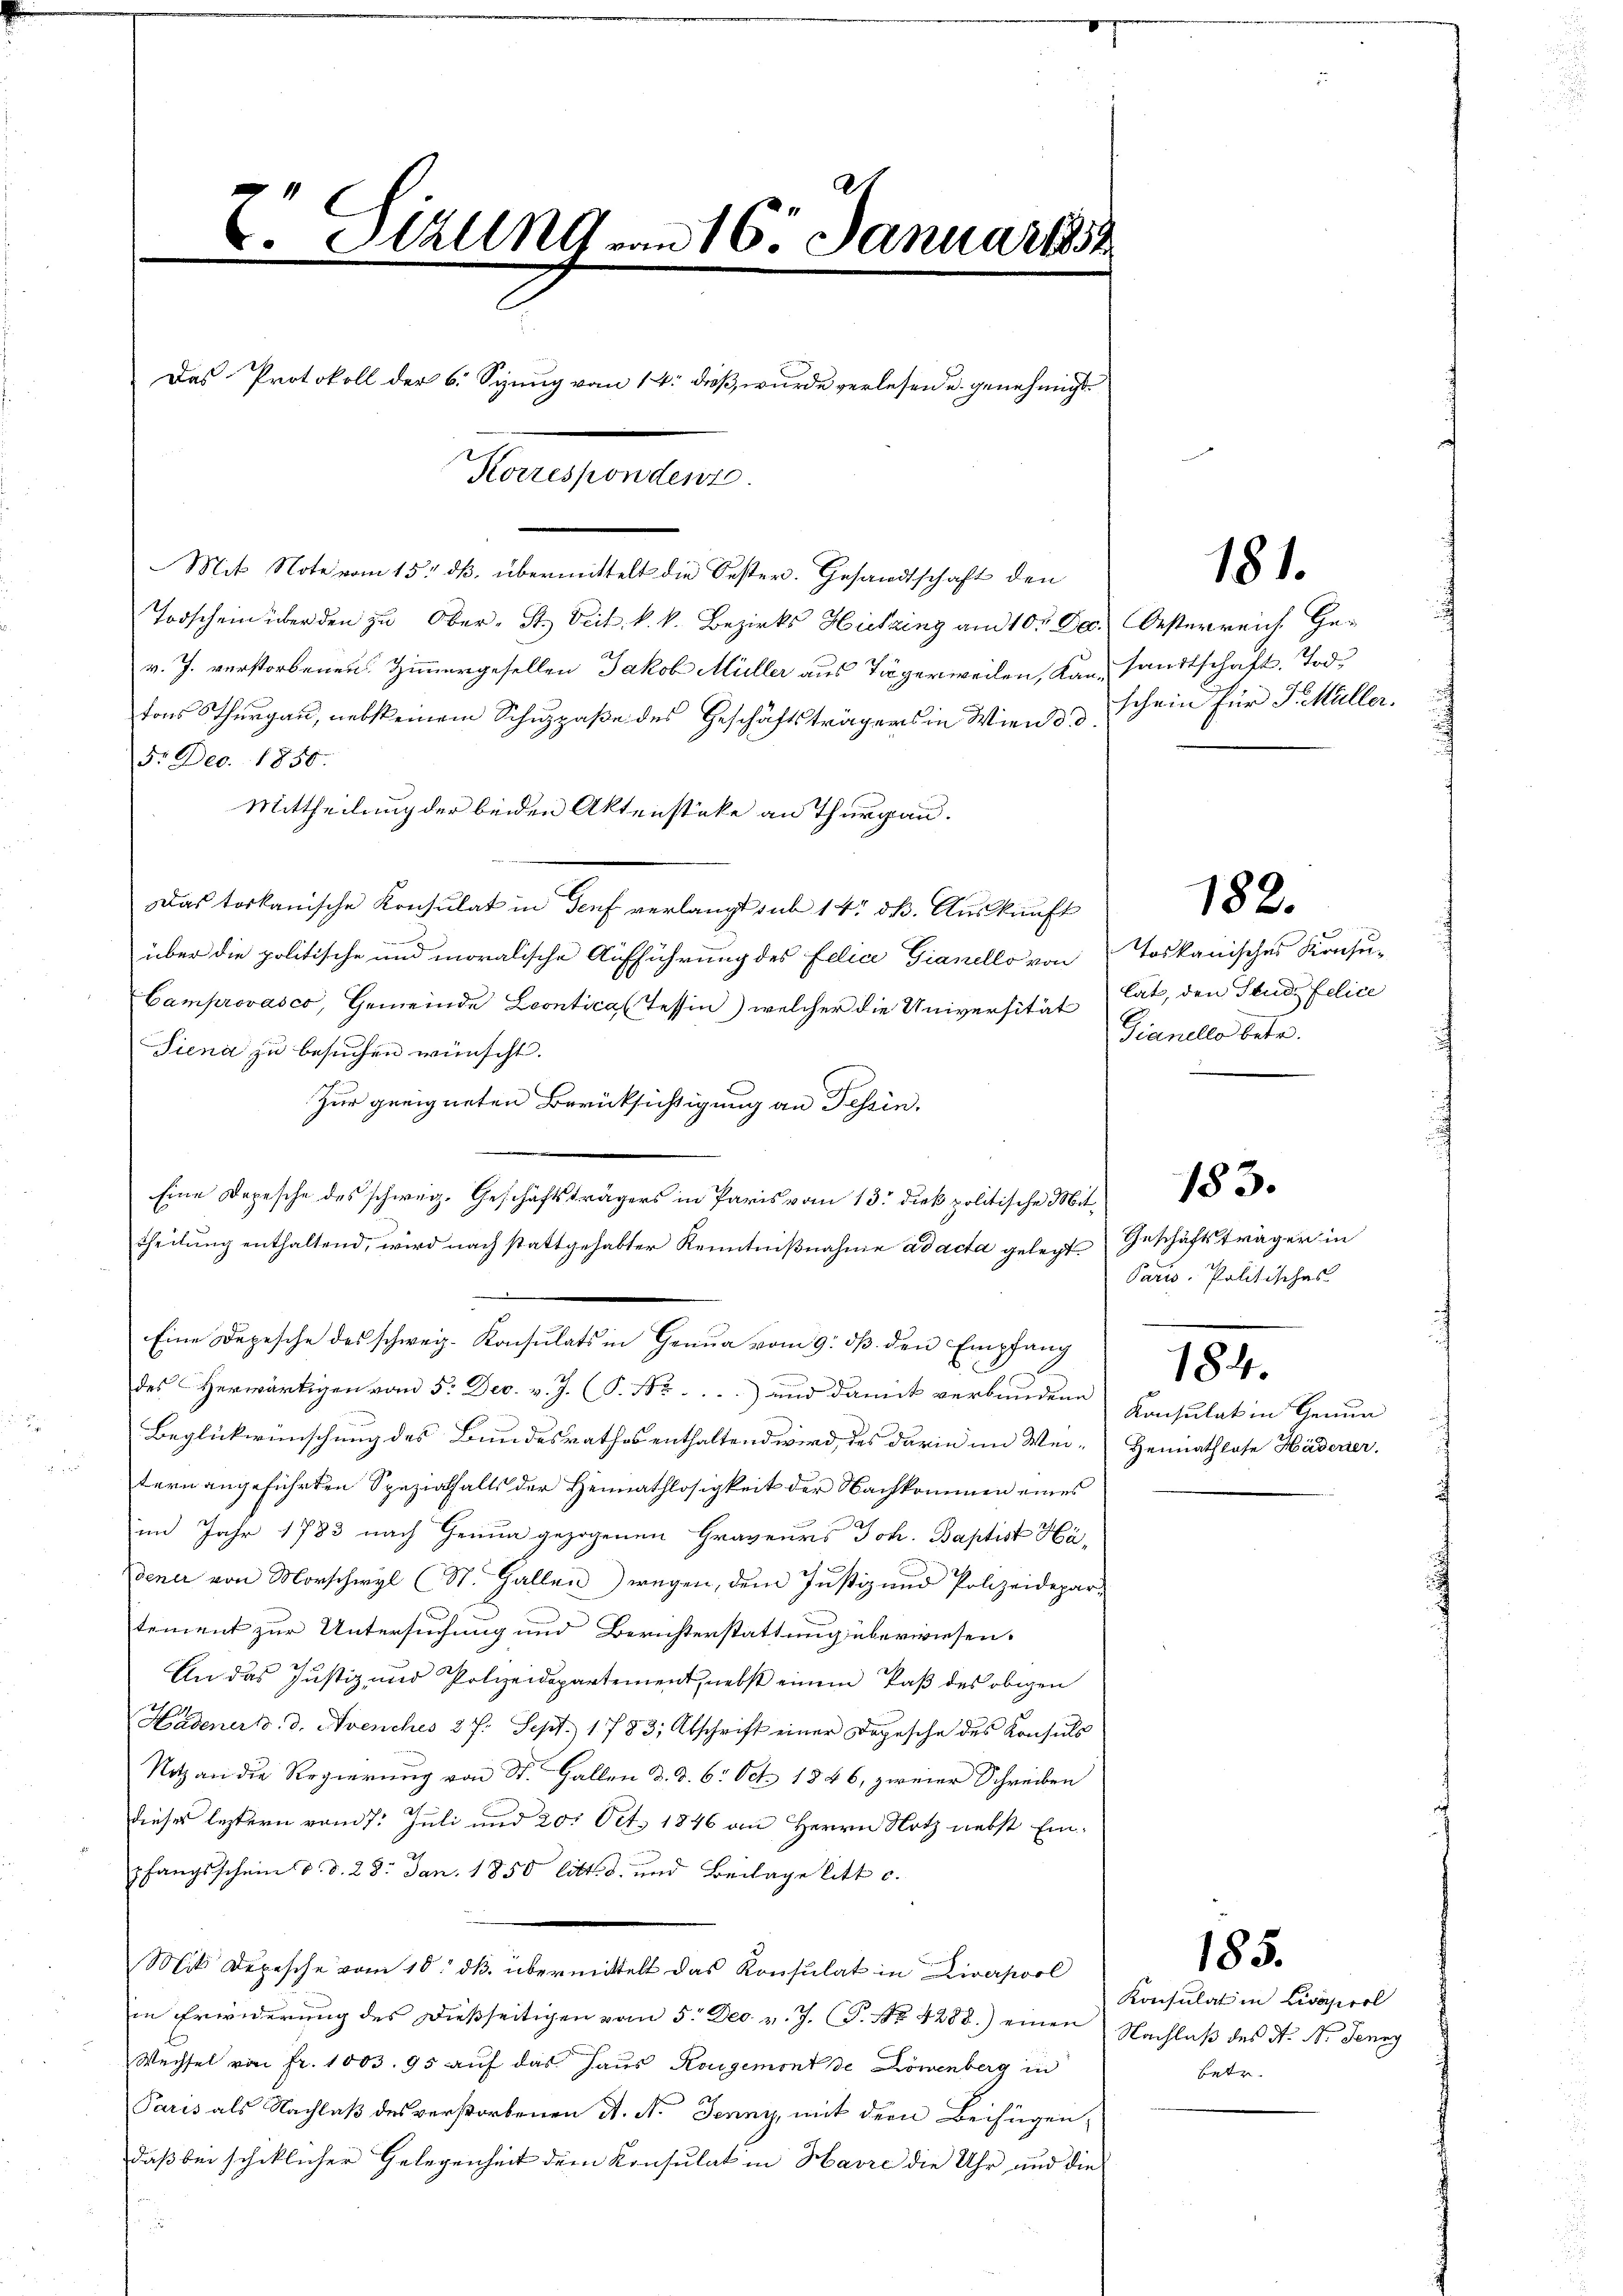
24
V. Sekung am 16. Januar 1884
Das Protokoll der 6. Sizung vom 14. dieß wurde verlesen u. genehmigt
orefernter

Mit Note vom 15. ds. übermittelt die Oester. Gesandtschaft den
Todschein über den zu Ober- St. Veit. k. k. Bezirks Hitzing am 10. Dec. Oesterreich Ge-
v. J. verstorbenen Zimmergesellen Jakob Müller aus Tägerweilen, Kan- sandtschaft. Tod.
tons Thurgau, nebsteinem Schupaße des Geschäftsträgers in Wien & schein für J. Müller,
5. Dec. 1850.
Mittheilung der beiden Aktenstüke an Thurgau.
Das torkanische Konsulat in Genf verlangt sub 14. dß. Auskunft
über die politische und moralische Aufführung des Felice Gianello von
Camprovasco, Gemeinde Leontica (Tessin) welcher die Universität hat, den Stude felice
Siena zu besuchen wünscht.
Zur geeigneten Berücksichtigung an Tessin.
Eine Depesche des schweiz. Geschäftsträgers in Paris vom 13. dieß politische Mittheilung enthaltend, wird nach stattgehabter Kenntnißnahme ad acta gelegt Geschäftsträger in
Eine Depesche des schweiz. Konsulats in Genua vom 9. dβ. den Empfang
des Herwärtigen vom 5. Dec. v. J. (P. Nr. ...) und damit verbundene Konsulat in Genun
Beglückwünschung des Bundesrathes enthaltend wird, das darin im Wei-Heimathlose Hädener.
tern angeführten Spezialfalls der Heimathlosigkeit der Nachkommen eines
im Jahr 1783 nach Genua gezogenen Graveurs Joh. Baptist Häener von Morschwyl (St. Gallen) wegen, dem Justiz und Polizeidepar-
tement zur Untersuchung und Berichterstattung überwiesen.
An das Justiz und Polizeidepartement, nebst einem Paß des obigen
Hadener B. d. Avenches 2 J. Sept. 1783; Abschrift einer Depesche des Konsuls
Notz an die Regierung von St. Gallen d. d. 6. Oct. 1846, zweier Schreiben
dieses letztern vom 7. Juli und 20. Oct. 1846 an Herrn Notz nebst Einpfangsschein d. d. 28. Jan. 1850 litt. d. und Beilage litt c.
Mit Depesche vom 10. ds. übermittelt das Konsulat in Livapool
in Erwiderung des dießseitigen vom 5. Dec. v. J. (T. No. 4288.) einen Nachlaβ des N. N. Jenny
Wechsel von Fr. 1003. 95 auf das Haus Rogemont de Löwenberg in
Paris als Nachlaß des verstorbenen A. N. Jenny, mit dem Beifügen,
daß bei schiklicher Gelegenheit dem Konsulat in Havre die Uhr und die

Toskanisches Konsu¬
Gianello betr.

182.

Paris. Politisches
184.

183.

185.

Konsulat in Livozierl
Betz

181.